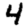
Digit: 4